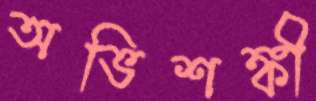
অভিশঙ্কী